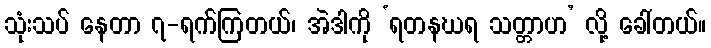
သုံးသပ် နေတာ ၇-ရက်ကြတယ်၊ အဲဒါကို ‘ရတနဃရ သတ္တာဟ’ လို့ ခေါ်တယ်။